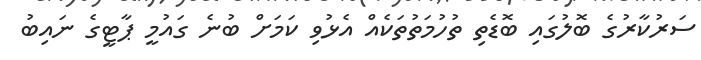
ސަރުކާރުގެ ބޮލުގައި ބޮޑެތި ތުހުމަތުތަކެއް އެޅުވި ކަމަށް ބުނެ ގައުމީ ޕާޓީގެ ނައިބު